Senior Leaving Certificate Examination (including Day School Certificate (Higher) General paper), 1950
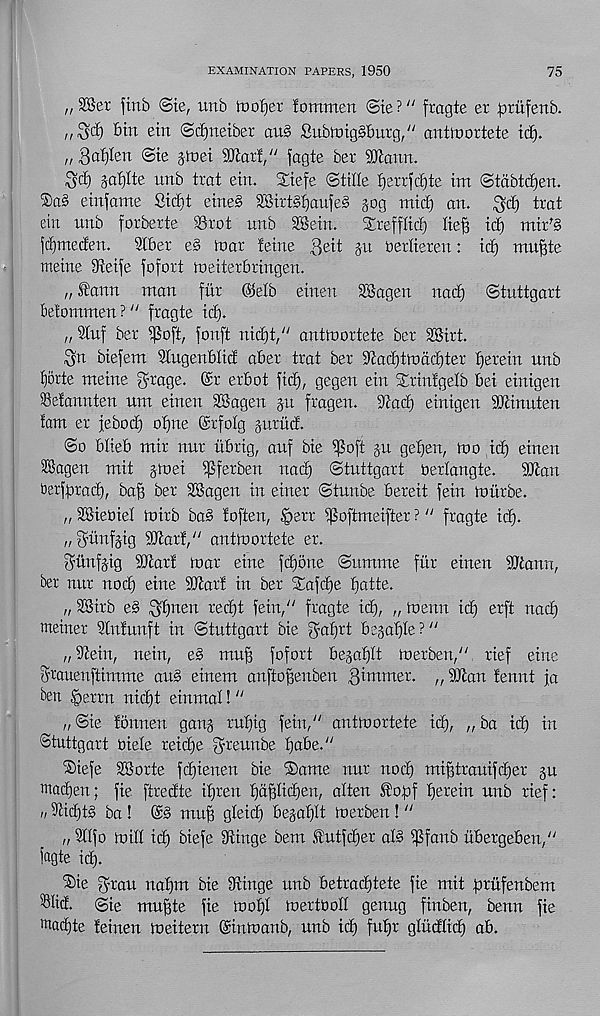
EXAMINATION PAPERS, 1950
75
„ 28et finb (Ste, xmb looker fommen (Sie? y/ fragte er ^riifenb.
bin ein (Sdjnetber au§ SubmigSburg/' antinortete id).
,, Qafyzn ©te gtoet 9Jlari/ y fagte ber SJiann.
$d) %at)lte unb trat ein. Stiefe ©title berrfct)te im ©tcibtcf)en.
einfante Sict)t cine§ SSirt^aufeS §og mid) an.
trat
ein unb forberte SSrot unb 2Bein.
S£refftict) tie^ ic^ mir y §
jd)me(fen.
Stber e§> roar teine ,3rit gu oertieren: id) mn^te
meine Sfteije jofort roeiterbringen.
,, ^ann man fur ©etb einen 3Bagen nad) ©tuttgart
betommen?" fragte ic^.
„ 3tuf ber i^oft, fonft nid)t/ J antlnortete bcr SSirt.
^n biefem Slugenbtid aber trat ber ^acfjrodcffter herein unb
fjorte meine ^rage. @r erbot fic^, gegen ein Srintgetb bei einigen
Setannten um einen SSagen jn fragen. 9tact) einigen StTcinuten
tam er jebodt) ofjne (grfotg gurnet.
©o btieb mir nur iibrig, auf bie ^oft gu getfen, mo id) einen
SSagen mit gmei ^ferben nad) ©tuttgart oertangte.
SP'tan
berfiirad), ba^ ber SSagen in einer ©tnnbe bereit fein mlirbe.
,, SSieOiet mirb ba3 toften, §err ^Softmeifter ? u fragte id^.
r/^^g SO^art/' antmortete er.
^unfgig SJcart mar eine fd)orte ©umme fur einen SUiann,
ber nur nod) eine SDtarf in ber %a\d)z batte.
„ SSirb e§ ^tjneu redd fein/' fragte id), ,, menu id) erft nad)
meiner 9tntunft in ©tuttgart bie $af)rt begatjte?"
„ ^ein, nein, eg mu§ fofort begatjtt merben/' rief eine
^rauenftimme au§ einem anftojfenben dimmer. ,, 9Jtan tennt ja
ben §errn nid)t einmal!"
„©ie tonnen gang rut)ig fein/' antmortete id), „ba id) in
©tuttgart oiete reid)e ^reunbe babe."
®iefe SBorte fdjienen bie ‘Same nur nod) mi^trauifdjer gu
madjen; fie ftredte d)ien fyaftlidjen, atten $o,pf herein unb rief:
n 9dd)tg ba! (Sg mu^ gteid) begatjtt merben ! "
„ Sttfo mitt id) biefe 9tinge bem .futfdjer atg f^fanb ubergeben,"
fagte id).
S)ie d’^ou natfm bie Swinge unb betrad)tete fie mit fuufenbem
^tid. ©ie mufde fie mot)I mertobtt genug finben, benn fie
^adjte teinen meitern ©inmanb, unb id) fufjr gtiidtid) ab.